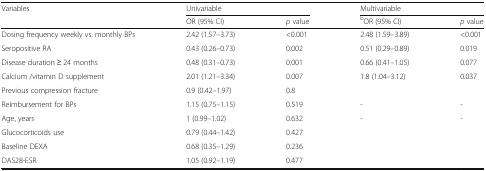
| <ROWSPAN=2> Variables | <COLSPAN=2> Univariable | <COLSPAN=2> Multivariable |
 | OR (95% CI) | p value | bOR (95% CI) | p value |
 | --- | --- | --- | --- | --- |
 | Dosing frequency weekly vs. monthly BPs | 2.42 (1.57–3.73) | <0.001 | 2.48 (1.59–3.89) | <0.001 |
 | Seropositive RA | 0.43 (0.26–0.73) | 0.002 | 0.51 (0.29–0.89) | 0.019 |
 | Disease duration ≥ 24 months | 0.48 (0.31–0.73) | 0.001 | 0.66 (0.41–1.05) | 0.077 |
 | Calcium /vitamin D supplement | 2.01 (1.21–3.34) | 0.007 | 1.8 (1.04–3.12) | 0.037 |
 | Previous compression fracture | 0.9 (0.42–1.97) | 0.8 |  |  |
 | Reimbursement for BPs | 1.15 (0.75–1.15) | 0.519 | - | - |
 | Age, years | 1 (0.99–1.02) | 0.632 | - | - |
 | Glucocorticoids use | 0.79 (0.44–1.42) | 0.427 |  |  |
 | Baseline DEXA | 0.68 (0.35–1.29) | 0.236 |  |  |
 | DAS28-ESR | 1.05 (0.92–1.19) | 0.477 |  |  |